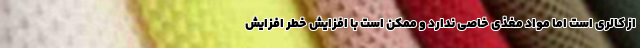
از کالری است اما مواد مغذی خاصی ندارد و ممکن است با افزایش خطر افزایش